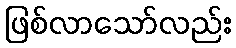
ဖြစ်လာသော်လည်း